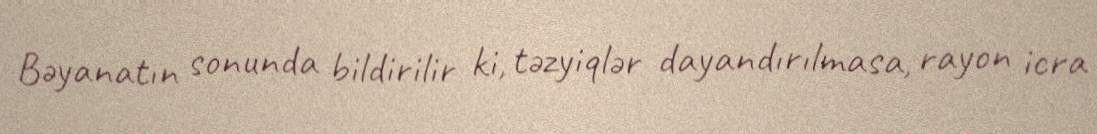
Bəyanatın sonunda bildirilir ki, təzyiqlər dayandırılmasa, rayon icra